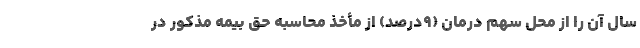
سال آن را از محل سهم درمان (۹درصد) از مأخذ محاسبه حق بیمه مذکور در